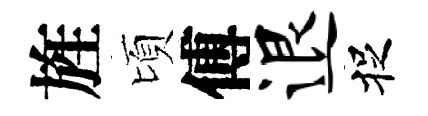
旌頃傅退捉